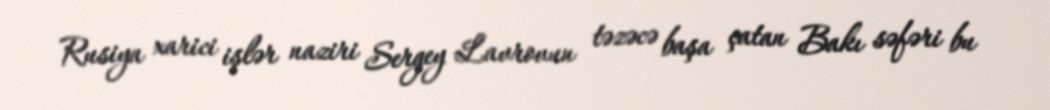
Rusiya xarici işlər naziri Sergey Lavrovun təzəcə başa çatan Bakı səfəri bu